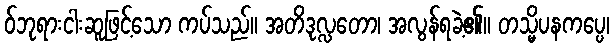
ဝ်ဘုရားငါးဆူဖြင့်သော ကပ်သည်။ အတိဒုလ္လတော၊ အလွန်ရခဲ့၏။ တသ္မိပနကပ္ပေ၊